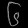
Digit: ၆